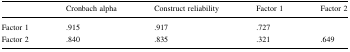
|  | Cronbach alpha | Construct reliability | Factor 1 | Factor 2 |
 | --- | --- | --- | --- | --- |
 | Factor 1 | .915 | .917 | .727 |  |
 | Factor 2 | .840 | .835 | .321 | .649 |